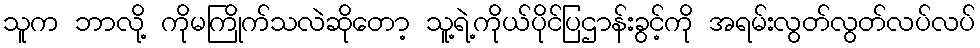
သူက ဘာလို့ ကိုမကြိုက်သလဲဆိုတော့ သူ့ရဲ့ကိုယ်ပိုင်ပြဌာန်းခွင့်ကို အရမ်းလွတ်လွတ်လပ်လပ်